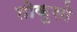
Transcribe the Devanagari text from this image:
तोकुसो